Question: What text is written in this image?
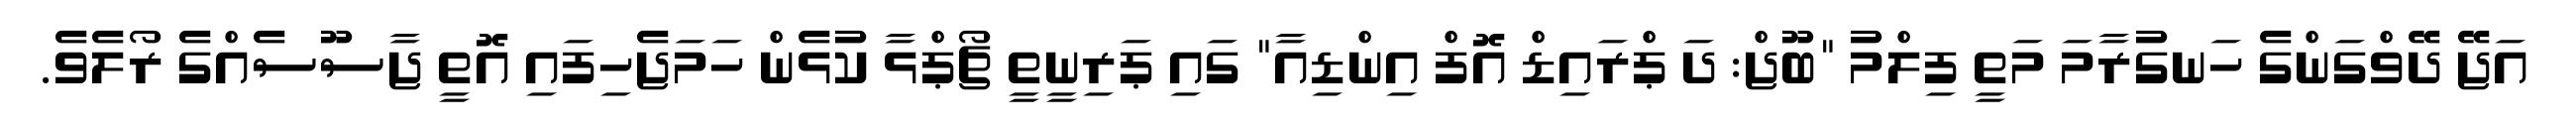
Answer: އަޖޭ ދޭވްގަންގެ ހަނގުރާމަ މަތީ ފިލްމު "ބޫޖް: ދަ ޕްރައިޑް އޮފް އިންޑިއާ" ގައި ޕަރިނީތީ ޗޯޕްޅާ ކުޅެން ހަމަޖެހިފައި އޮތީ ޖާސޫސެއްގެ ރޯލެވެ.